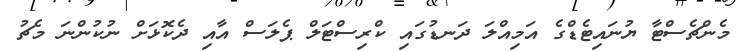
މެންޗެސްޓާ ޔުނައިޓެޑްގެ އަމިއްލަ ދަނޑުގައި ކްރިސްޓަލް ޕެލަސް އާއި ދެކޮޅަށް ނުކުންނަ މެޗު